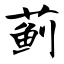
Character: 蓟